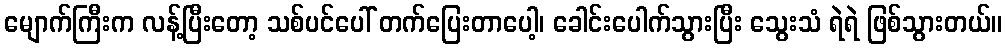
မျောက်ကြီးက လန့်ပြီးတော့ သစ်ပင်ပေါ် တက်ပြေးတာပေါ့၊ ခေါင်းပေါက်သွားပြီး သွေးသံ ရဲရဲ ဖြစ်သွားတယ်။